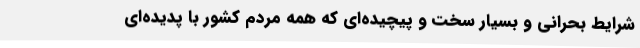
شرایط بحرانی و بسیار سخت و پیچیده‌ای که همه مردم کشور با پدیده‌ای